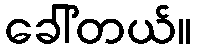
ခေါ်တယ်။